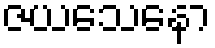
ဇယသေနော